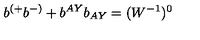
b ^ { ( + } b ^ { - ) } + b ^ { A Y } b _ { A Y } = ( W ^ { - 1 } ) ^ { 0 }